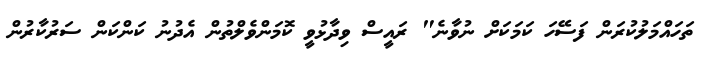
ތަހައްމަލުކުރަން ފަސޭހަ ކަމަކަށް ނުވާނެ" ރައީސް ވިދާޅުވީ ކޮމަންވެލްތުން އެދުނު ކަންކަން ސަރުކާރުން